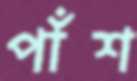
পাঁশ